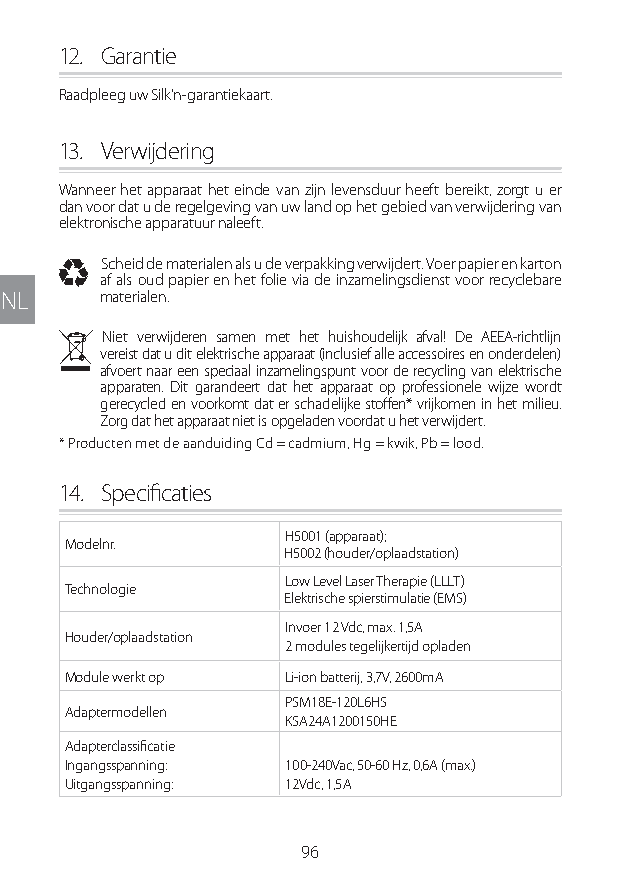
12. Garantie
 Raadpleeg uw Silk’n-garantiekaart.
 13. Verwijdering
 Wanneer het apparaat het einde van zijn levensduur heeft bereikt, zorgt u er
 dan voor dat u de regelgeving van uw land op het gebied van verwijdering van
 elektronische apparatuur naleeft.
 I Scheid de materialen als u de verpakking verwijdert. Voer papier en karton
 af als oud papier en het folie via de inzamelingsdienst voor recyclebare
 NL    materialen.
 N Niet verwijderen samen met het huishoudelijk afval! De AEEA-richtlijn
 vereist dat u dit elektrische apparaat (inclusief alle accessoires en onderdelen)
 afvoert naar een speciaal inzamelingspunt voor de recycling van elektrische
 apparaten. Dit garandeert dat het apparaat op professionele wijze wordt
 gerecycled en voorkomt dat er schadelijke stoffen* vrijkomen in het milieu.
 Zorg dat het apparaat niet is opgeladen voordat u het verwijdert.
 * Producten met de aanduiding Cd = cadmium, Hg = kwik, Pb = lood.
 14. Specificaties
 H5001 (apparaat);
 Modelnr.
 H5002 (houder/oplaadstation)
 Low Level Laser Therapie (LLLT)
 Technologie
 Elektrische spierstimulatie (EMS)
 Invoer 12 Vdc, max. 1,5A
 Houder/oplaadstation
 2 modules tegelijkertijd opladen
 Module werkt op Li-ion batterij, 3,7V, 2600mA
 PSM18E-120L6HS
 Adaptermodellen
 KSA24A1200150HE
 Adapterclassificatie
 Ingangsspanning: 100-240Vac, 50-60 Hz, 0,6A (max.)
 Uitgangsspanning: 12Vdc, 1,5A
 96
 Lipo UM EU124 3545B inside ALL EU124 ED296-24 release.indd 96 14/08/2018 10:57:38